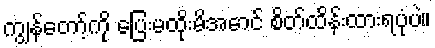
ကျွန်တော့်ကို ပြေးမထိုးမိအောင် စိတ်ထိန်းထားရပုံပဲ။